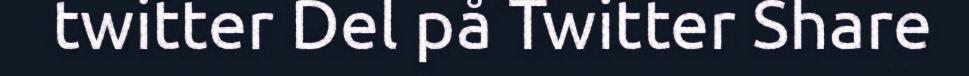
twitter Del på Twitter Share